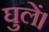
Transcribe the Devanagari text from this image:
घुलें।